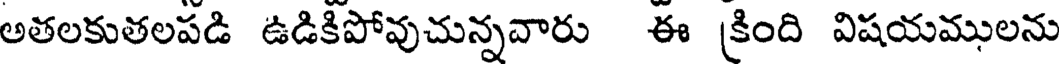
అతలకుతలపడి ఉడికిపోవుచున్నవారు ఈ క్రింది విషయములను